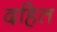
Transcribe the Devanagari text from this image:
दहित